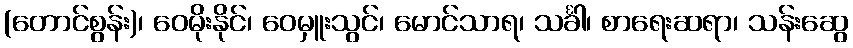
(တောင်စွန်း)၊ ဝေမိုးနိုင်၊ ဝေမှူးသွင်၊ မောင်သာရ၊ သင်္ခါ၊ စာရေးဆရာ၊ သန်းဆွေ